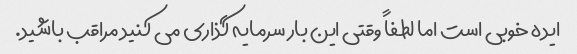
ایده خوبی است اما لطفاً وقتی این بار سرمایه گذاری می کنید مراقب باشید.